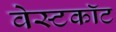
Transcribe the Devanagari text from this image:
वेस्टकॉट